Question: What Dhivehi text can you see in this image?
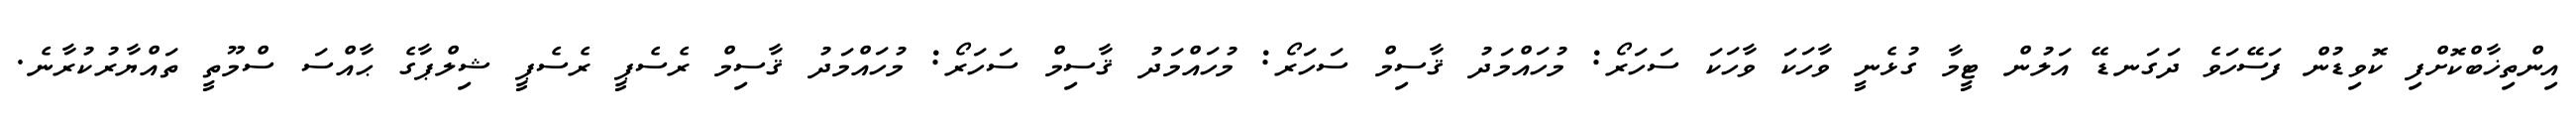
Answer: އިންތިޚާބްކޮށްފި ކޮވިޑުން ފަސޭހަވެ ދަގަނޑޭ އަލުން ޓީމާ ގުޅެނީ ވާހަކަ ވާހަކަ ސަހަރޯ: މުހައްމަދު ޤާސިމް ސަހަރޯ: މުހައްމަދު ޤާސިމް ސަހަރޯ: މުހައްމަދު ޤާސިމް ރެސެޕީ ރެސެޕީ ޝިލްޕާގެ ޙާއްސަ ސްމޫތީ ތައްޔާރުކުރާނެ.